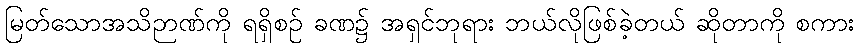
မြတ်သောအသိဉာဏ်ကို ရရှိစဉ် ခဏ၌ အရှင်ဘုရား ဘယ်လိုဖြစ်ခဲ့တယ် ဆိုတာကို စကား